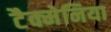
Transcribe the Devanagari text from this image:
टैक्मेनिया